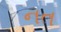
નત